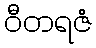
ဝီတရဇံ